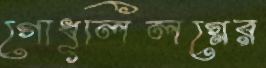
গোধূলিলগ্নের